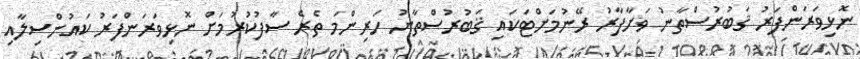
ނޮޅިވަރަންފަރު ޤަބުރުސްތާނު ވަށާފާރު ރޭނުމަށްޓަކައި ޤަބުރުސްތާނު ހަރިންމަ ތެރެ ސާފުކުރުމަށް ނޮޅިވަރަންފަރު ކައުންސިލާއި